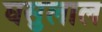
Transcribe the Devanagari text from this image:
घसुलाल